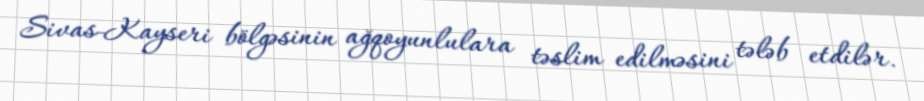
Sivas-Kayseri bölgəsinin ağqoyunlulara təslim edilməsini tələb etdilər.